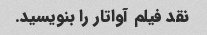
نقد فیلم آواتار را بنویسید.